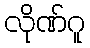
လိုဏ်ဂူ